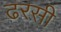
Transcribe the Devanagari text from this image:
ढरसी